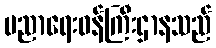
ပညာရေးဝန်ကြီးဌာနသည်